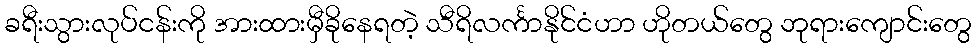
ခရီးသွားလုပ်ငန်းကို အားထားမှီခိုနေရတဲ့ သီရိလင်္ကာနိုင်ငံဟာ ဟိုတယ်တွေ ဘုရားကျောင်းတွေ